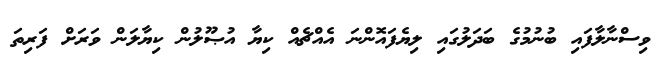
ވިސްނާލާފައި ބުނުމުގެ ބަދަލުގައި ލިޔެފައޮންނަ އެއްޗެއް ކިޔާ އުޞޫލުން ކިޔާލަން ވަރަށް ފަރިތަ